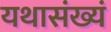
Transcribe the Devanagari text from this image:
यथासंख्यं